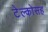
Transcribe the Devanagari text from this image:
टेल्कोसह